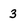
Character: 3